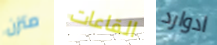
متزن القاعات ادوارد